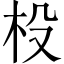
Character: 杸